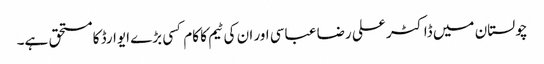
چولستان میں ڈاکٹر علی رضا عباسی اور ان کی ٹیم کا کام کسی بڑے ایوارڈ کا مستحق ہے۔